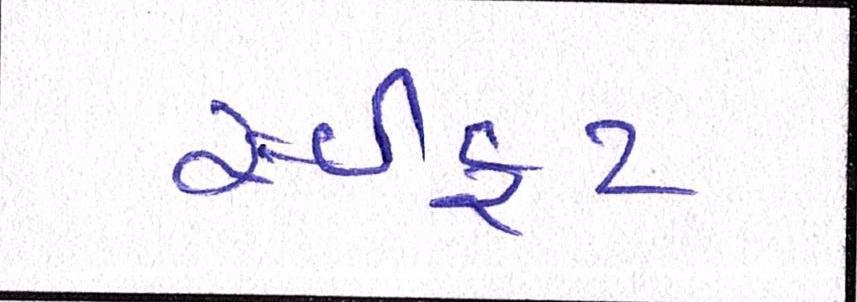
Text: સ્વીફટ